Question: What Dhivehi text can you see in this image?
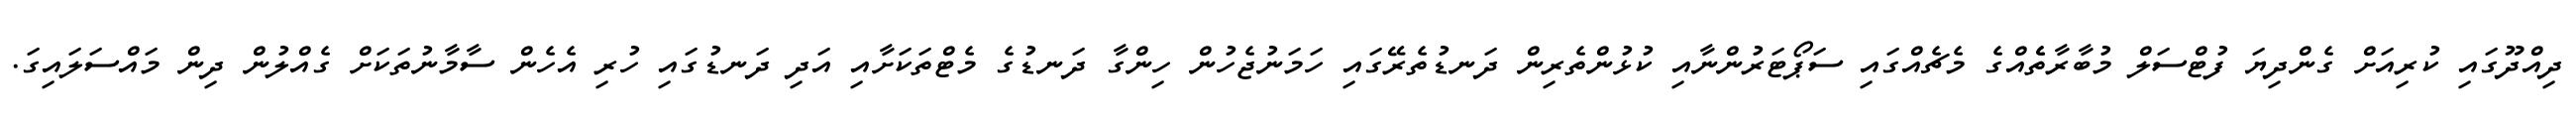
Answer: ދިއްދޫގައި ކުރިއަށް ގެންދިޔަ ފުޓްސަލް މުބާރާތެެއްގެ މެޗެއްގައި ސަޕޯޓަރުންނާއި ކުޅުންތެރިން ދަނޑުތެރޭގައި ހަމަނުޖެހުން ހިންގާ ދަނޑުގެ މެޓްތަކަށާއި އަދި ދަނޑުގައި ހުރި އެހެން ސާމާނުތަކަށް ގެއްލުން ދިން މައްސަލައިގަ.